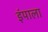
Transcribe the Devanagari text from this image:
इंपाला